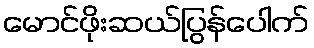
မောင်ဖိုးဆယ်ပြွန်ပေါက်